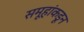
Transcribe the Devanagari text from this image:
समूहांकडून